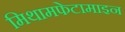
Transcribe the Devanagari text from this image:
मिथामफेटामाइन